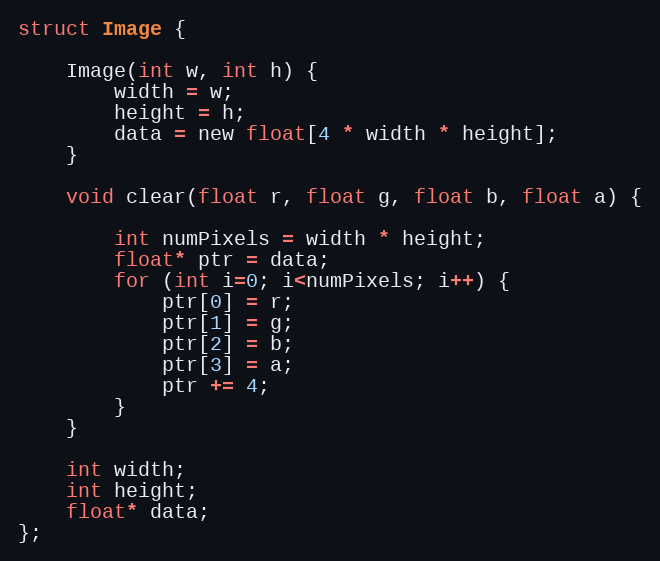
Language: C
struct Image {

    Image(int w, int h) {
        width = w;
        height = h;
        data = new float[4 * width * height];
    }

    void clear(float r, float g, float b, float a) {

        int numPixels = width * height;
        float* ptr = data;
        for (int i=0; i<numPixels; i++) {
            ptr[0] = r;
            ptr[1] = g;
            ptr[2] = b;
            ptr[3] = a;
            ptr += 4;
        }
    }

    int width;
    int height;
    float* data;
};